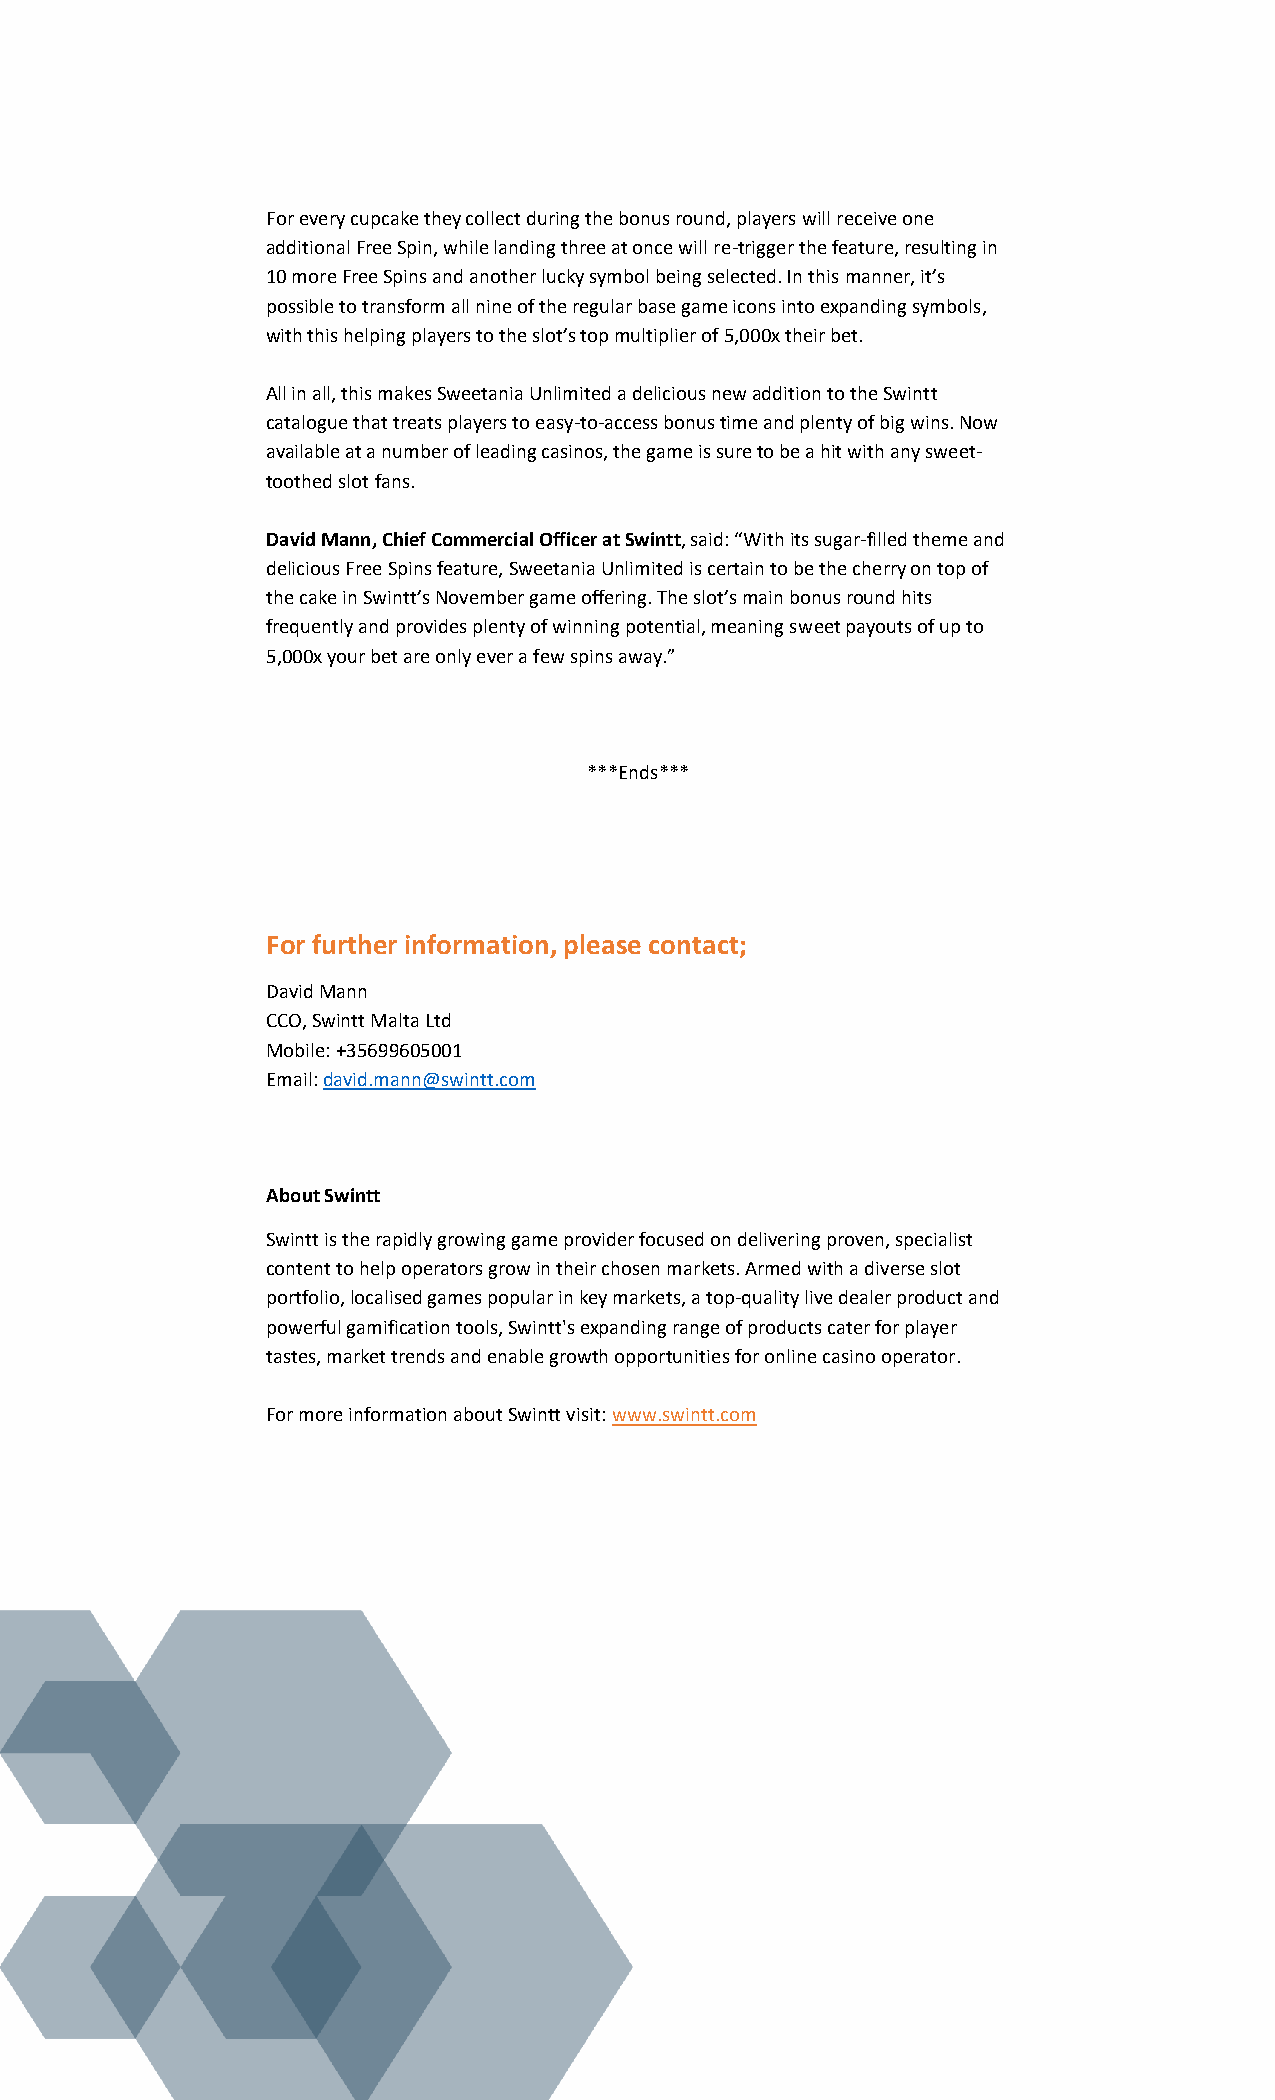
For every cupcake they collect during the bonus round, players will receive one
 additional Free Spin, while landing three at once will re-trigger the feature, resulting in
 10 more Free Spins and another lucky symbol being selected. In this manner, it’s
 possible to transform all nine of the regular base game icons into expanding symbols,
 with this helping players to the slot’s top multiplier of 5,000x their bet.
 All in all, this makes Sweetania Unlimited a delicious new addition to the Swintt
 catalogue that treats players to easy-to-access bonus time and plenty of big wins. Now
 available at a number of leading casinos, the game is sure to be a hit with any sweet-
 toothed slot fans.
 David Mann, Chief Commercial Officer at Swintt, said: “With its sugar-filled theme and
 delicious Free Spins feature, Sweetania Unlimited is certain to be the cherry on top of
 the cake in Swintt’s November game offering. The slot’s main bonus round hits
 frequently and provides plenty of winning potential, meaning sweet payouts of up to
 5,000x your bet are only ever a few spins away.”
 ***Ends***
 For further information, please contact;
 David Mann
 CCO, Swintt Malta Ltd
 Mobile: +35699605001
 Email: david.mann@swintt.com
 About Swintt
 Swintt is the rapidly growing game provider focused on delivering proven, specialist
 content to help operators grow in their chosen markets. Armed with a diverse slot
 portfolio, localised games popular in key markets, a top-quality live dealer product and
 powerful gamification tools, Swintt's expanding range of products cater for player
 tastes, market trends and enable growth opportunities for online casino operator.
 For more information about Swintt visit: www.swintt.com